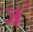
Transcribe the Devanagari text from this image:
ज॓